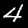
Digit: 4